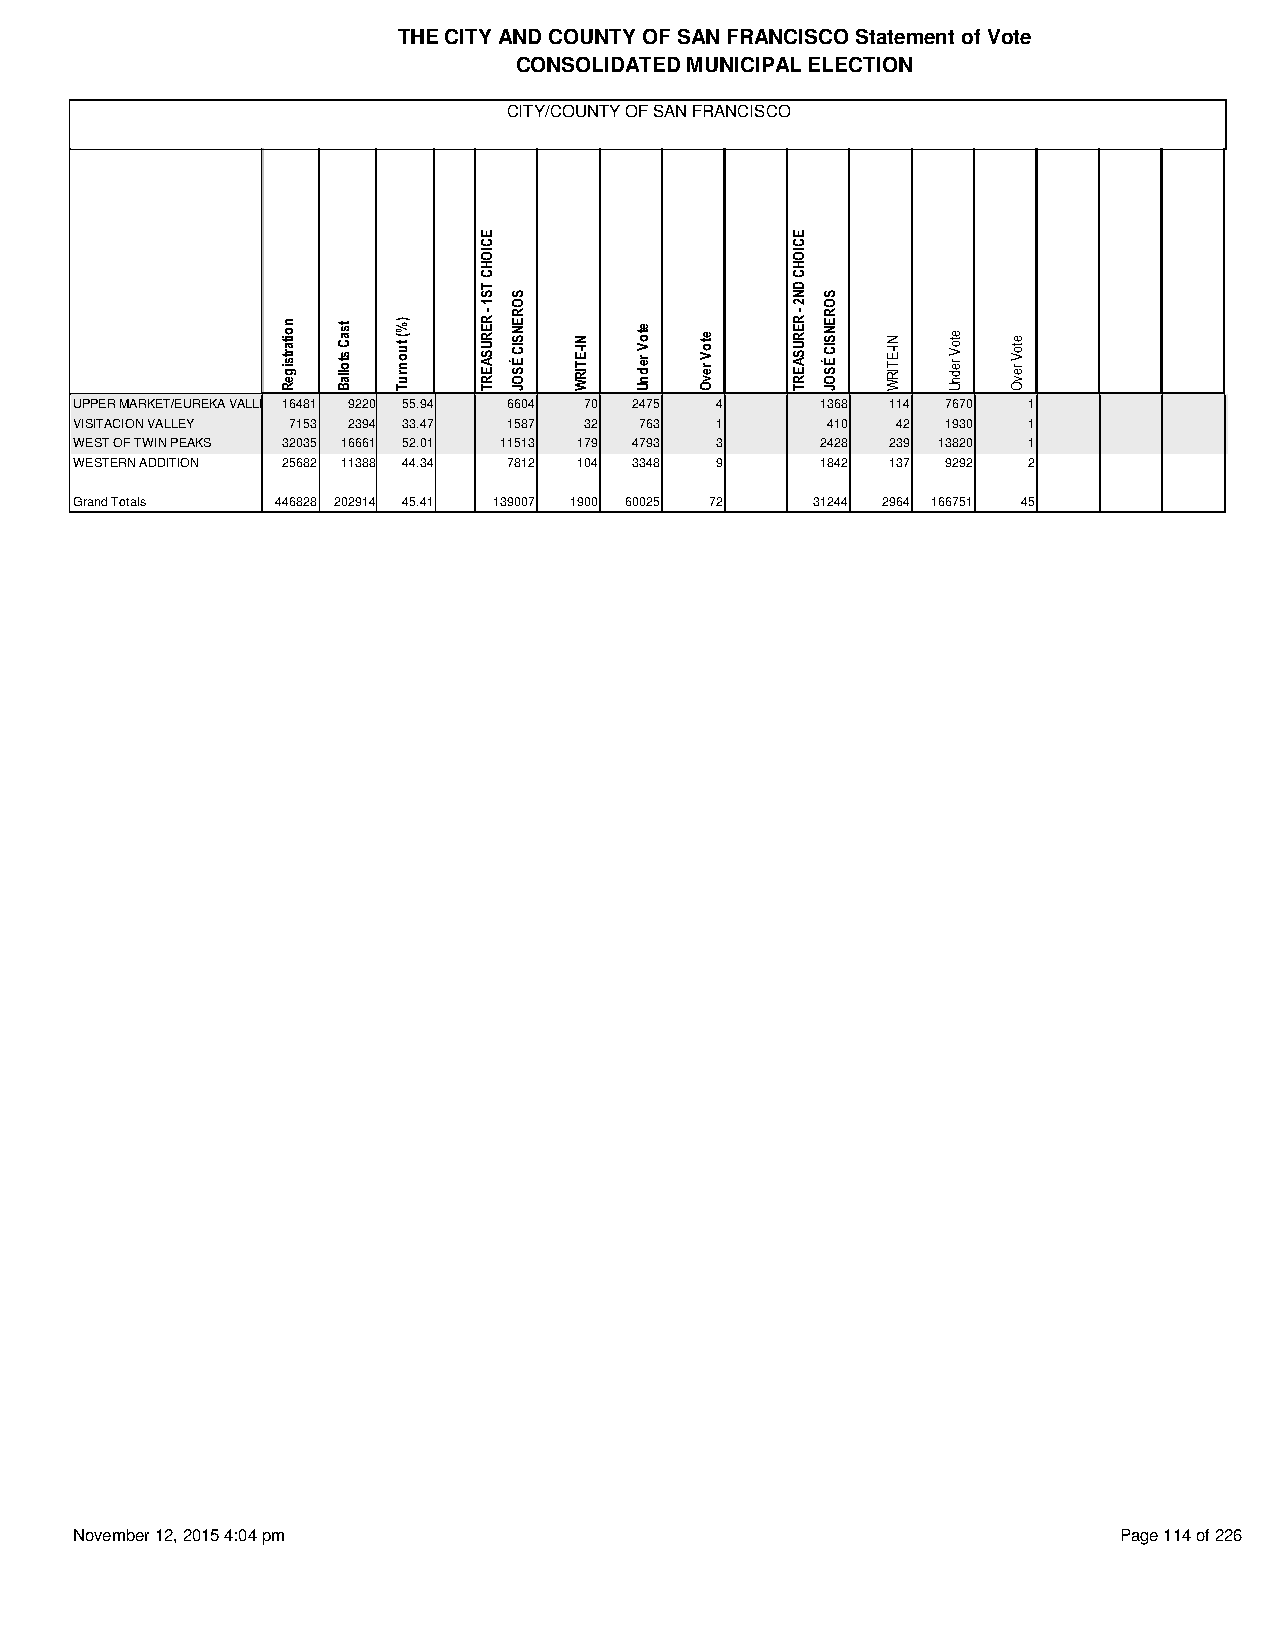
THE CITY AND COUNTY OF SAN FRANCISCO Statement of Vote
 CONSOLIDATED MUNICIPAL ELECTION
 CITY/COUNTY OF SAN FRANCISCO
 UPPER MARKET/EUREKA VALLEY 16481 9220 55.94 6604 70 2475 4 1368 114 7670 1
 VISITACION VALLEY 7153 2394 33.47 1587 32 763 1   410 42  1930 1
 WEST OF TWIN PEAKS 32035 16661 52.01 11513 179 4793 3 2428 239 13820 1
 WESTERN ADDITION 25682 11388 44.34 7812 104 3348 9 1842 137 9292 2
 Grand Totals 446828 202914 45.41 139007 1900 60025 72 31244 2964 166751 45
 November 12, 2015 4:04 pm                                            Page 114 of 226
 noitartsigeR tsaC
 stollaB
 )%(
 tuonruT
 ECIOHC
 TS1
 -
 RERUSAERT
 SORENSIC
 ÉSOJ
 NI-ETIRW
 etoV
 rednU
 etoV
 revO
 ECIOHC
 DN2
 -
 RERUSAERT
 SORENSIC
 ÉSOJ
 NI-ETIRW etoV
 rednU
 etoV
 revO